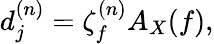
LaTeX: \begin{array}{r}{d_{j}^{(n)}=\zeta_{f}^{(n)}A_{X}(f),}\end{array}